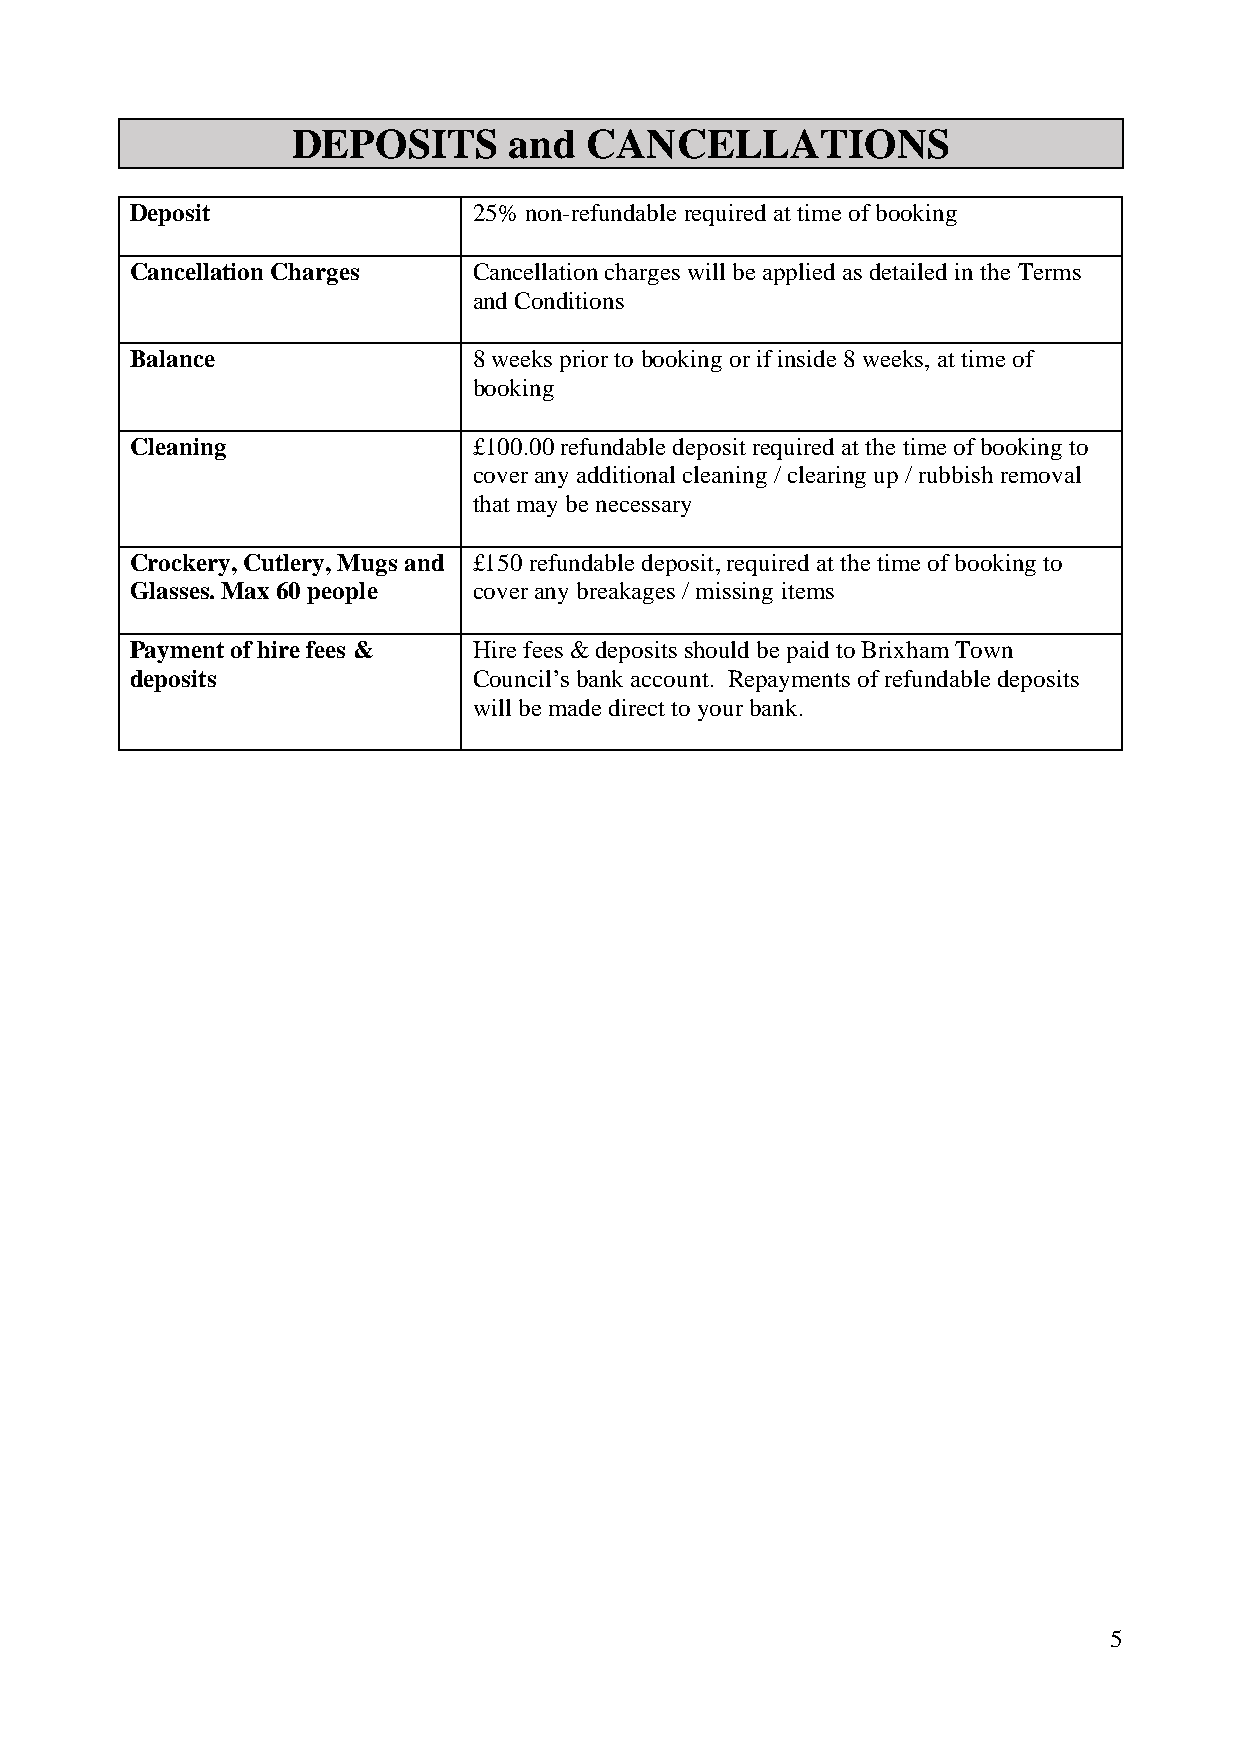
DEPOSITS       and  CANCELLATIONS
 Deposit               25% non-refundable required at time of booking
 Cancellation Charges  Cancellation charges will be applied as detailed in the Terms
 and Conditions
 Balance               8 weeks prior to booking or if inside 8 weeks, at time of
 booking
 Cleaning              £100.00 refundable deposit required at the time of booking to
 cover any additional cleaning / clearing up / rubbish removal
 that may be necessary
 Crockery, Cutlery, Mugs and £150 refundable deposit, required at the time of booking to
 Glasses. Max 60 people cover any breakages / missing items
 Payment of hire fees & Hire fees & deposits should be paid to Brixham Town
 deposits              Council’s bank account. Repayments of refundable deposits
 will be made direct to your bank.
 5